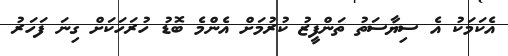
އެކަމަކު އެ ސިޔާސަތު ތަންފީޒު ކުރުމަށް އެންމެ ބޮޑު ހުރަހަކަށް ގިނަ ފަހަރު